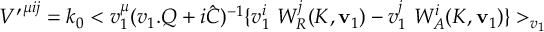
{ { \cal { V } } ^ { \prime } } ^ { \mu i j } = k _ { 0 } < v _ { 1 } ^ { \mu } ( v _ { 1 } . Q + i \hat { C } ) ^ { - 1 } \lbrace v _ { 1 } ^ { i } \ W _ { R } ^ { j } ( K , { \mathbf { v } } _ { 1 } ) - v _ { 1 } ^ { j } \ W _ { A } ^ { i } ( K , { \mathbf { v } } _ { 1 } ) \rbrace > _ { v _ { 1 } }